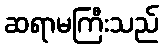
ဆရာမကြီးသည်